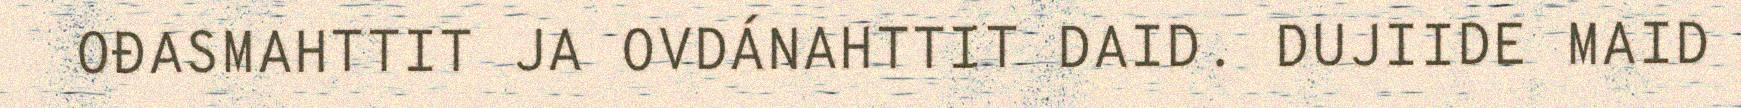
OĐASMAHTTIT JA OVDÁNAHTTIT DAID. DUJIIDE MAID